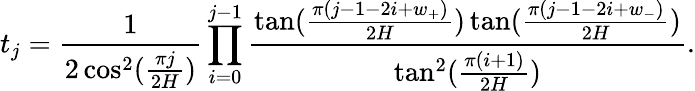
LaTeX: t_{j}=\frac{1}{2\cos^{2}(\frac{\pi j}{2H})}\prod_{i=0}^{j-1}\frac{\tan(\frac{\pi(j-1-2i+w_{+})}{2H})\tan(\frac{\pi(j-1-2i+w_{-})}{2H})}{\tan^{2}(\frac{\pi(i+1)}{2H})}.